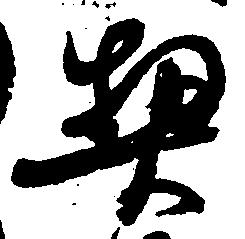
契